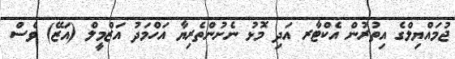
ޖުމައްޔިލްގެ އިތުރުން އެކްޓާރ އަދި މޮޅު ނެށުންތެރިޔާ އަހްމަދު އަޒްމީލް (އަޒޭ) ވެސް